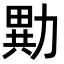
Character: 𭅂